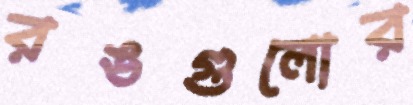
রঙগুলোর